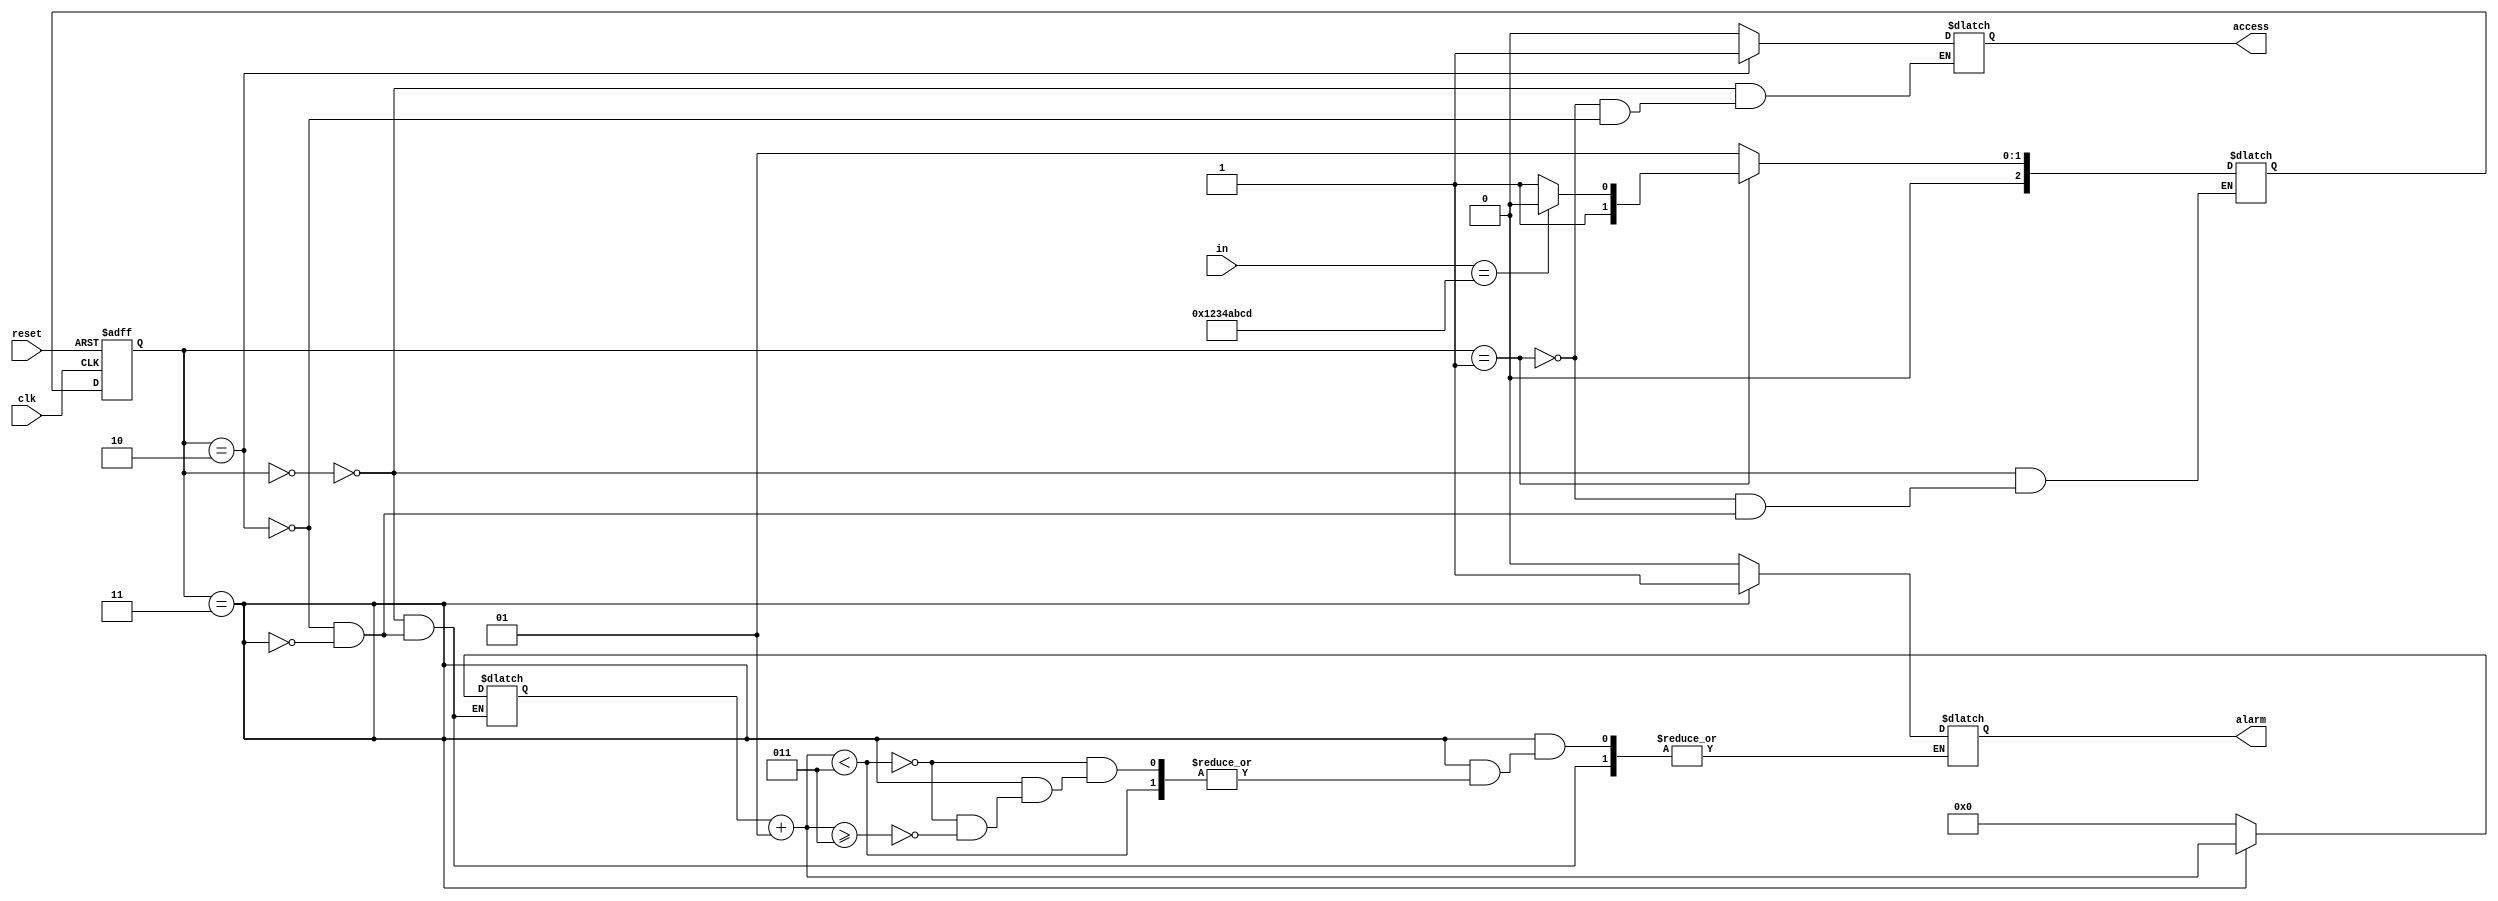
module password(access,alarm,in,reset,clk);
parameter [31:0]pass = 'h1234abcd;
output access,alarm;						
input [31:0]in;
input reset;
input clk;
parameter idle=3'b000, wait_pass=3'b001, access_state=3'b010, denied=3'b011;
reg[2:0] current_state, next_state;
reg access,condition,alarm;							
integer count;
  
initial begin
  $monitor($time," Access=%b,Alarm=%b,Input=%h,Reset=%b,State=%b,count=%d, ",access,alarm,in,reset,current_state,count);
end
  
initial 
begin
	count = 0;
	access = 0;					
	alarm = 0;  
    current_state=idle;
end
  always @(posedge clk or  posedge reset)
begin
  if(reset) 
    begin
     current_state<=idle;
    end
  else
    begin
     current_state<=next_state;
    end
end
 
    
  always @(*)
begin
  case(current_state)   
       idle: 
        begin
            alarm=0;
            count=0;
            access=0;
            next_state=wait_pass;
        end
       wait_pass:
        begin
            access<=0;
            if(in==pass)
               next_state=access_state;
            else 
               next_state=denied;
              
        end
       access_state: 
        begin
            access<=1;
            alarm<=0;
            count<=0;
            next_state=wait_pass;
        end
       denied: 
        begin
            count=count+1;
            if(count<3)
               next_state=wait_pass;
          else if (count>=3)
               alarm=1;
            next_state=wait_pass;
        end
  endcase
end

endmodule